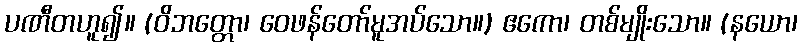
ပဏီတဟူ၍။ (ဝိဘတ္တော၊ ဝေဖန်တော်မူအပ်သော။) ဧကော၊ တစ်မျိုးသော။ (နယော၊